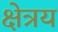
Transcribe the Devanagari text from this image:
क्षेत्रय